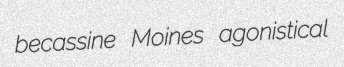
becassine Moines agonistical